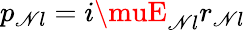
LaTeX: p_{\mathscr{N}l}=i\muE_{\mathscr{N}l}r_{\mathscr{N}l}